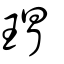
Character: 瑁